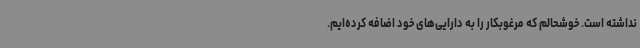
نداشته است. خوشحالم که مرغوبکار را به دارایی‌های خود اضافه کرده‌ایم.